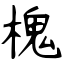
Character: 槐